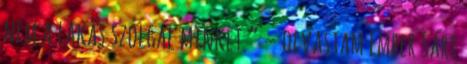
nem a lakás szolgál minket.” – olvastam Ember Sári